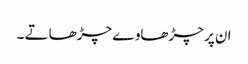
ان پر چڑھاوے چڑھاتے ۔